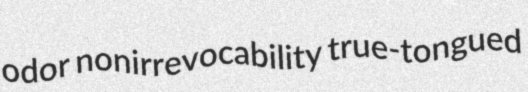
odor nonirrevocability true-tongued